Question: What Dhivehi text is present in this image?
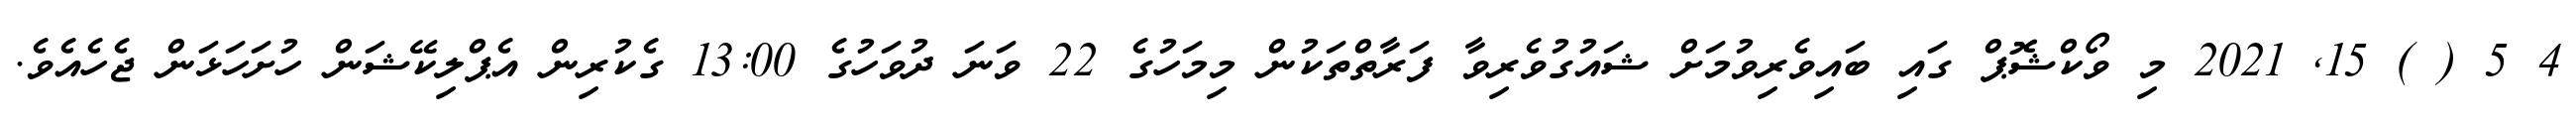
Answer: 4 5 ( ) 15, 2021 މި ވޯކްޝޮޕް ގައި ބައިވެރިވުމަށް ޝައުގުވެރިވާ ފަރާތްތަކުން މިމަހުގެ 22 ވަނަ ދުވަހުގެ 13:00 ގެކުރިން އެޕްލިކޭޝަން ހުށަހަޅަން ޖެހެއެވެ.